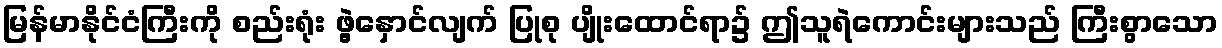
မြန်မာနိုင်ငံကြီးကို စည်းရုံး ဖွဲ့နှောင်လျက် ပြုစု ပျိုးထောင်ရာ၌ ဤသူရဲကောင်းများသည် ကြီးစွာသော